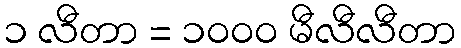
၁ လီတာ = ၁၀၀၀ မီလီလီတာ